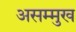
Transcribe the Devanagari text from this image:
असम्मुख